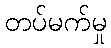
တပ်မက်မှု